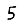
Digit: 5